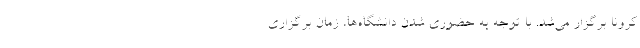
کرونا برگزار می‌شد. با توجه به حضوری شدن دانشگاه‌ها، زمان برگزاری